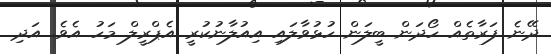
ދޭނެ ފަރާތެއް ހޯދަން ބީލަން ހުޅުވާލައި އިއުލާނުކުރީ އެޕްރީލް މަހު އެވެ. އަދި